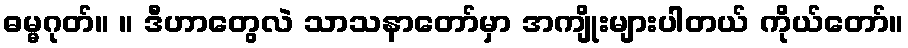
ဓမ္မဂုတ်။ ။ ဒီဟာတွေလဲ သာသနာတော်မှာ အကျိုးများပါတယ် ကိုယ်တော်။